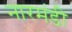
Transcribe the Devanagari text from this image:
नारमंडी